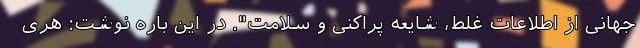
جهانی از اطلاعات غلط، شایعه پراکنی و سلامت". در این باره نوشت: هری